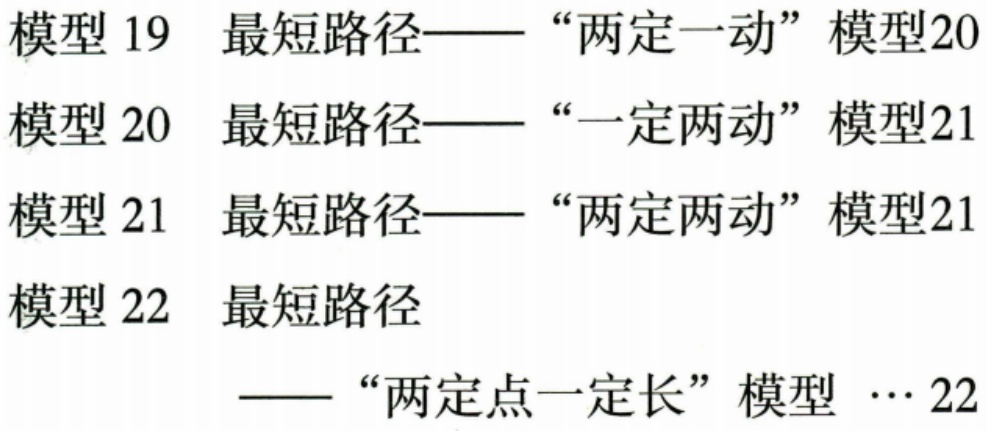
模型 19 最短路径——“两定一动” 模型20
模型 20 最短路径——“一定两动” 模型21
模型 21 最短路径——“两定两动” 模型21
模型 22 最短路径
——“两定点一定长” 模型 … 22